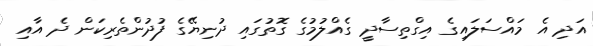
އަދި އެ މައްސަލައިގެ އިގްތިސާދީ ގެއްލުމުގެ ގޮތުގައި ދުނިޔޭގެ ފުދުންތެރިކަން ދެ އާއި